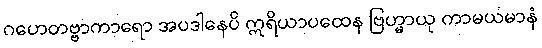
ဂဟေတဗ္ဗာကာရော အပဒါနေပိ ဣရိယာပထေန ဗြဟ္မာယု ကာမယမာနံ